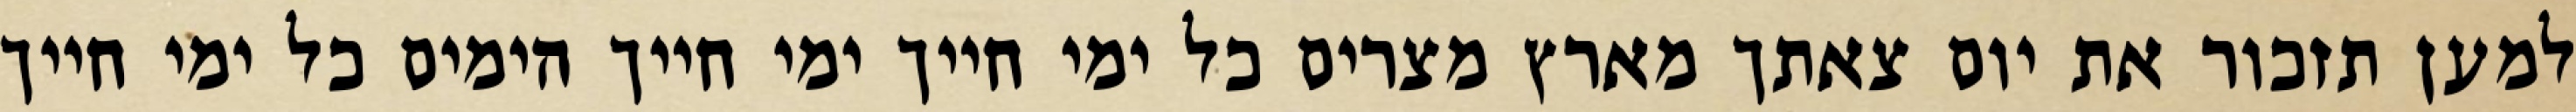
למען תזכור את יום צאתך מארץ מצרים כל ימי חייך ימי חייך הימים כל ימי חייך